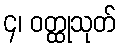
၄၊ ဝတ္ထုသုတ်